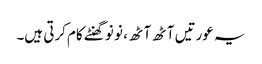
یہ عورتیں آٹھ آٹھ ، نو نو گھنٹے کام کرتی ہیں۔